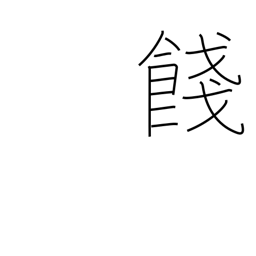
Meaning: farewell gift